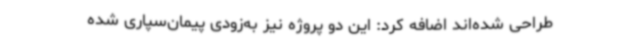
طراحی شده‌اند اضافه کرد: این دو پروژه نیز به‌زودی پیمان‌سپاری شده